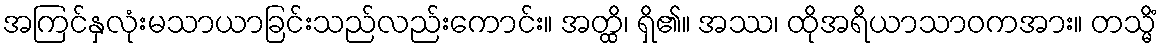
အကြင်နှလုံးမသာယာခြင်းသည်လည်းကောင်း။ အတ္ထိ၊ ရှိ၏။ အဿ၊ ထိုအရိယာသာဝကအား။ တသ္မိံ